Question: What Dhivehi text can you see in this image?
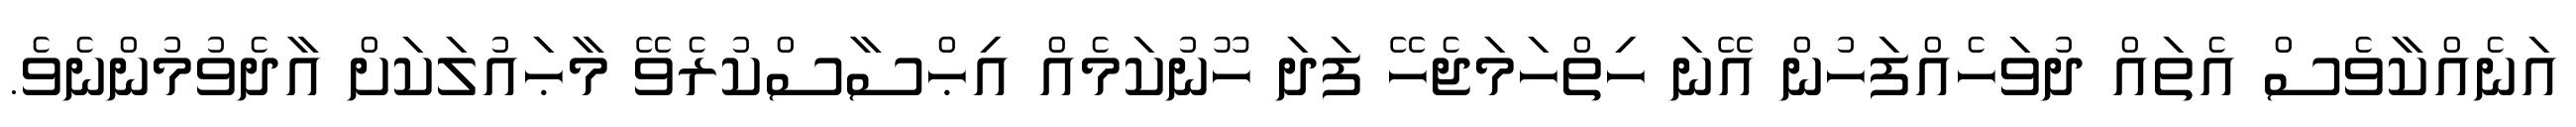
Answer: އަނެއްކާވެސް އެތައް ދުވަހެއްފަހުން އޭނަ ހިތްހަމަޖެހޭ ފަދަ ހޫނުކަމެއް އިޙްސާސްކުރެވޭ މާޙައުލަކަށް އާދެވުމުންނެވެ.